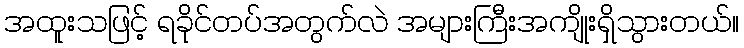
အထူးသဖြင့် ရခိုင်တပ်အတွက်လဲ အများကြီးအကျိုးရှိသွားတယ်။